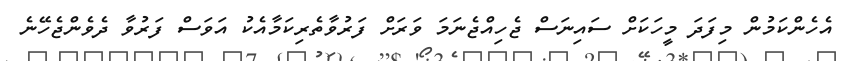
އެހެންކަމުން މިފަދަ މީހަކަށް ސައިނަސް ޖެހިއްޖެނަމަ ވަރަށް ފަރުވާތެރިކަމާއެކު އަވަސް ފަރުވާ ދެވެންޖެހޭނެ